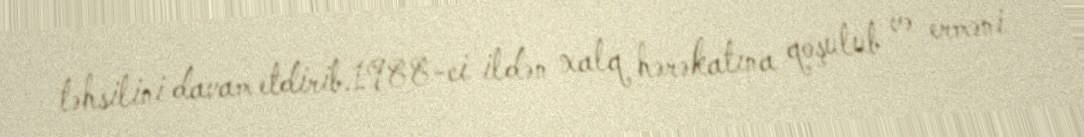
təhsilini davam etdirib.1988-ci ildən xalq hərəkatına qoşulub və erməni